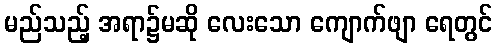
မည်သည့် အရာ၌မဆို လေးသော ကျောက်ဖျာ ရေတွင်